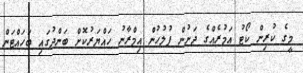
މީގެ ކުރިން ކޯޓު އަމުރެއްގެ ދަށުން ފުލުހުން އިމްރާނު ހައްޔަރުކޮށް ބަންދުގައި ބަހައްޓަން